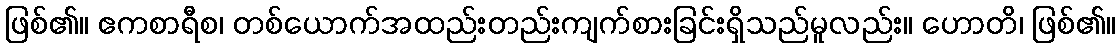
ဖြစ်၏။ ဧကစာရီစ၊ တစ်ယောက်အထည်းတည်းကျက်စားခြင်းရှိသည်မူလည်း။ ဟောတိ၊ ဖြစ်၏။